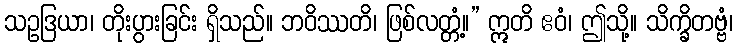
သဥဒြယာ၊ တိုးပွားခြင်း ရှိသည်။ ဘဝိဿတိ၊ ဖြစ်လတ္တံ့။” ဣတိ ဧဝံ၊ ဤသို့။ သိက္ခိတဗ္ဗံ၊